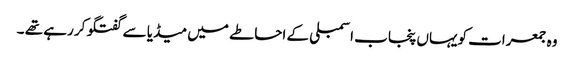
وہ جمعرات کویہاں پنجاب اسمبلی کے احاطے میں میڈیا سے گفتگو کر رہے تھے ۔